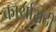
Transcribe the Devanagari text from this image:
कार्यासठी